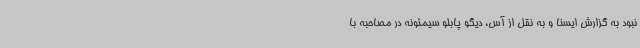
نبود به گزارش ایسنا و به نقل از آس، دیگو پابلو سیمئونه در مصاحبه با